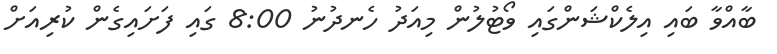
ބާއްވާ ބައި އިލެކްޝަންގައި ވޯޓުލުން މިއަދު ހެނދުނު 8:00 ގައި ފަށައިގެން ކުރިއަށް